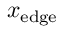
x _ { \mathrm { { e d g e } } }